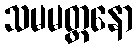
သမမတ္တနော